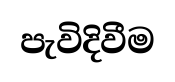
පැවිදිවීම